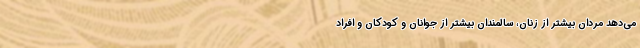
می‌دهد مردان بیشتر از زنان، سالمندان بیشتر از جوانان و کودکان و افراد